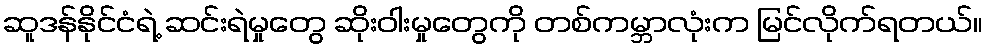
ဆူဒန်နိုင်ငံရဲ့ ဆင်းရဲမှုတွေ ဆိုးဝါးမှုတွေကို တစ်ကမ္ဘာလုံးက မြင်လိုက်ရတယ်။